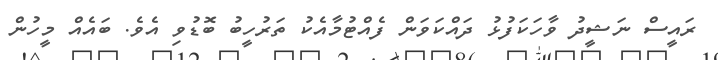
ރައީސް ނަޝީދު ވާހަކަފުޅު ދައްކަވަން ފެއްޓުމާއެކު ތަރުހީބު ބޮޑުވި އެވެ. ބައެއް މީހުން